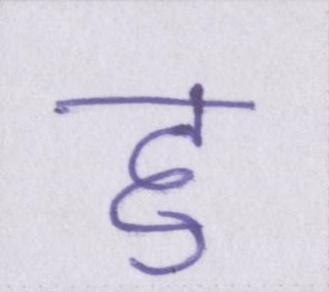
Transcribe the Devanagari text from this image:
हु